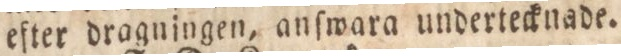
efter dragningen, anſwara undertecknade.